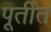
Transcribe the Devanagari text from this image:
पूर्तींत